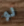
لو